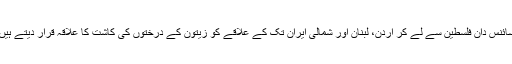
سائنس دان فلسطین سے لے کر اردن، لبنان اور شمالی ایران تک کے علاقے کو زیتون کے درختوں کی کاشت کا علاقہ قرار دیتے ہیں۔